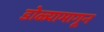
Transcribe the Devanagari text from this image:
डोळ्यामागून